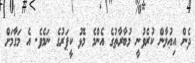
ދެން އިޢުލާން ކުރެވުނީ މުބާރާތުގެ އެންމެ މޮޅު ކީޕަރުގެ ނަމެވެ. އެ މަގާމަށް